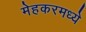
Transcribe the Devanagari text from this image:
मेहकरमध्ये